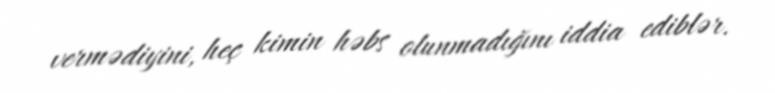
vermədiyini, heç kimin həbs olunmadığını iddia ediblər.